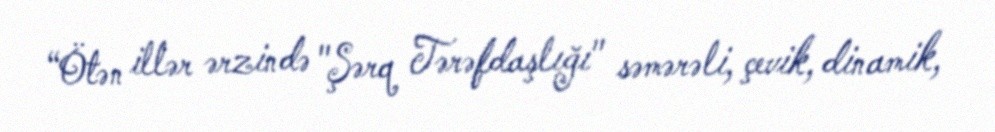
“Ötən illər ərzində "Şərq Tərəfdaşlığı" səmərəli, çevik, dinamik,